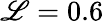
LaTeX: \mathscr{L}=0.6